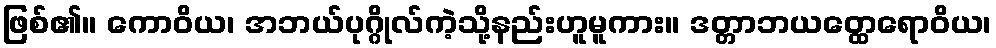
ဖြစ်၏။ ကောဝိယ၊ အဘယ်ပုဂ္ဂိုလ်ကဲ့သို့နည်းဟူမူကား။ ဒတ္တာဘယတ္ထေရောဝိယ၊